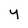
Character: y